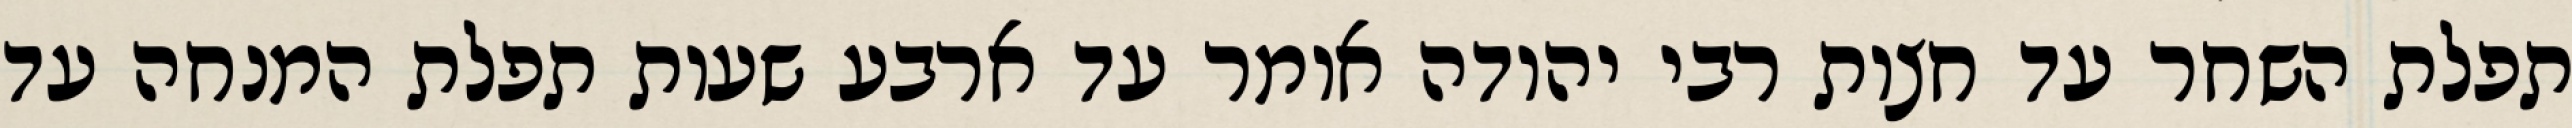
תפלת השחר עד חצות רבי יהודה אומר עד ארבע שעות תפלת המנחה עד